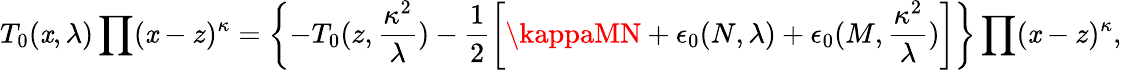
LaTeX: T_{0}(\mathit{x},\lambda)\prod(\mathit{x}-z)^{\kappa}=\left\{ -T_{0}(z,\frac{{\kappa^{2}}}{{\lambda}})-\frac{{1}}{{2}}\left[\kappaMN+\epsilon_{0}(N,\lambda)+\epsilon_{0}(M,\frac{{\kappa^{2}}}{{\lambda}})\right]\right\} \prod(\mathit{x}-z)^{\kappa},